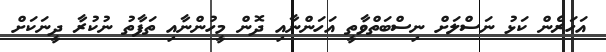
އަހަރެން ކަޅު ނަސްލަށް ނިސްބަތްވާތީ އަހަންނާއި ދޮން މީހުންނާއި ތަފާތު ނުކުރާ ދީނަކަށް